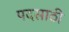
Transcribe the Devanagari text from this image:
पदसाठी